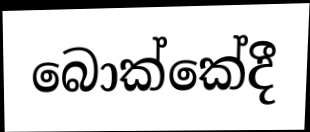
බොක්කේදී